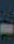
-